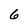
Character: 6